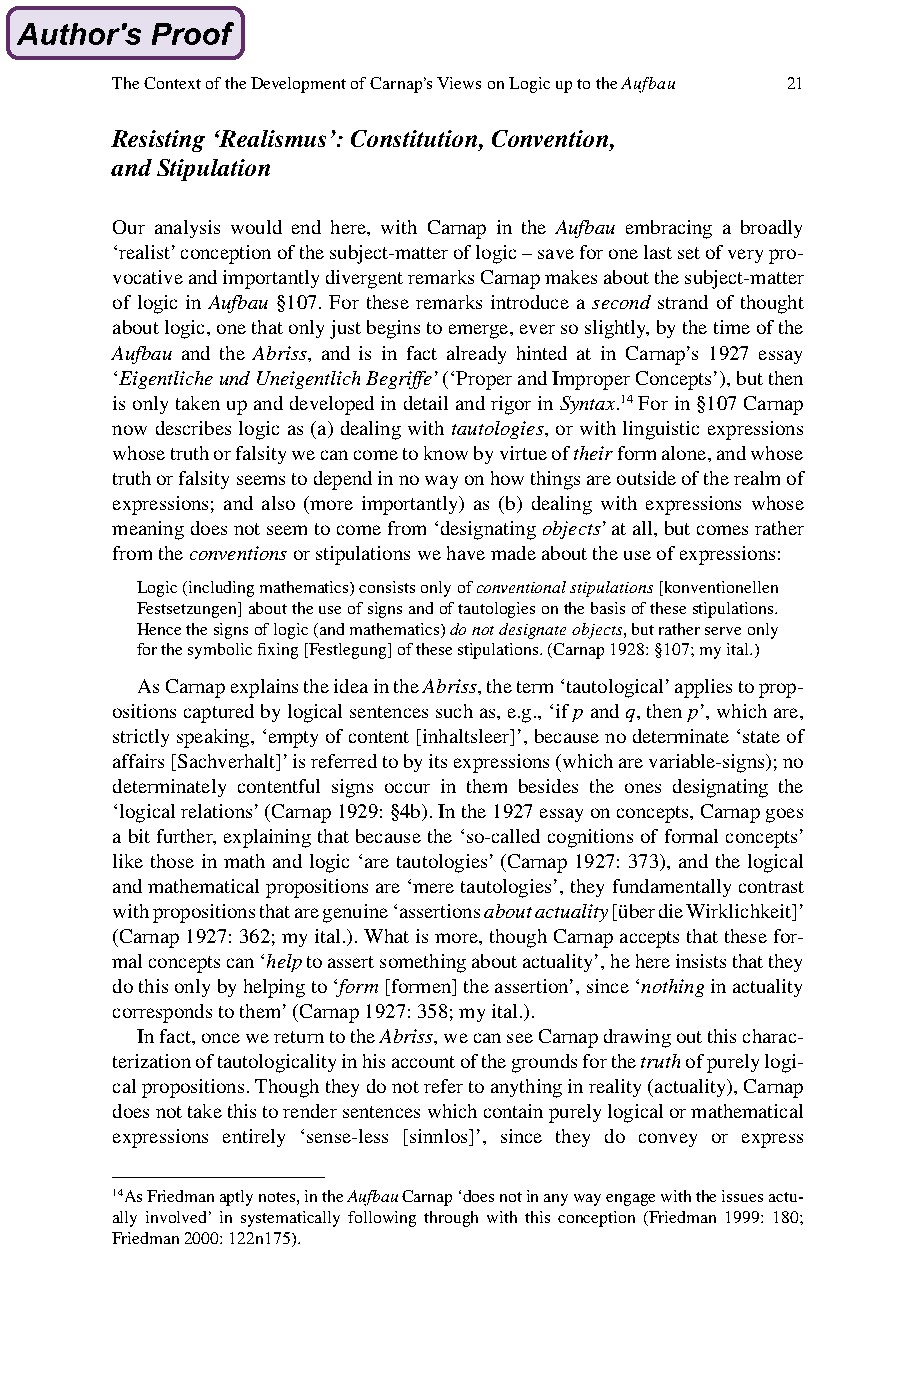
The Context of the Development of Carnap’s Views on Logic up to the Aufbau 21
 Resisting ‘Realismus’: Constitution, Convention,
 and Stipulation
 Our analysis would end here, with Carnap in the Aufbau embracing a broadly
 ‘realist’ conception of the subject-matter of logic – save for one last set of very pro-
 vocative and importantly divergent remarks Carnap makes about the subject-matter
 of logic in Aufbau §107. For these remarks introduce a second strand of thought
 about logic, one that only just begins to emerge, ever so slightly, by the time of the
 Aufbau and the Abriss, and is in fact already hinted at in Carnap’s 1927 essay
 ‘Eigentliche und Uneigentlich Begriffe’ (‘Proper and Improper Concepts’), but then
 is only taken up and developed in detail and rigor in Syntax.14 For in §107 Carnap
 now describes logic as (a) dealing with tautologies, or with linguistic expressions
 whose truth or falsity we can come to know by virtue of their form alone, and whose
 truth or falsity seems to depend in no way on how things are outside of the realm of
 expressions; and also (more importantly) as (b) dealing with expressions whose
 meaning does not seem to come from ‘designating objects’ at all, but comes rather
 from the conventions or stipulations we have made about the use of expressions:
 Logic (including mathematics) consists only of conventional stipulations [konventionellen
 Festsetzungen] about the use of signs and of tautologies on the basis of these stipulations.
 Hence the signs of logic (and mathematics) do not designate objects, but rather serve only
 for the symbolic fixing [Festlegung] of these stipulations. (Carnap 1928: §107; my ital.)
 As Carnap explains the idea in the Abriss, the term ‘tautological’ applies to prop-
 ositions captured by logical sentences such as, e.g., ‘if p and q, then p’, which are,
 strictly speaking, ‘empty of content [inhaltsleer]’, because no determinate ‘state of
 affairs [Sachverhalt]’ is referred to by its expressions (which are variable-signs); no
 determinately contentful signs occur in them besides the ones designating the
 ‘logical relations’ (Carnap 1929: §4b). In the 1927 essay on concepts, Carnap goes
 a bit further, explaining that because the ‘so-called cognitions of formal concepts’
 like those in math and logic ‘are tautologies’ (Carnap 1927: 373), and the logical
 and mathematical propositions are ‘mere tautologies’, they fundamentally contrast
 with propositions that are genuine ‘assertions about actuality [über die Wirklichkeit]’
 (Carnap 1927: 362; my ital.). What is more, though Carnap accepts that these for-
 mal concepts can ‘help to assert something about actuality’, he here insists that they
 do this only by helping to ‘form [formen] the assertion’, since ‘nothing in actuality
 corresponds to them’ (Carnap 1927: 358; my ital.).
 In fact, once we return to the Abriss, we can see Carnap drawing out this charac-
 terization of tautologicality in his account of the grounds for the truth of purely logi-
 cal propositions. Though they do not refer to anything in reality (actuality), Carnap
 does not take this to render sentences which contain purely logical or mathematical
 expressions entirely ‘sense-less [sinnlos]’, since they do convey or express
 14 As Friedman aptly notes, in the Aufbau Carnap ‘does not in any way engage with the issues actu-
 ally involved’ in systematically following through with this conception (Friedman 1999: 180;
 Friedman 2000: 122n175).